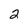
Character: 2